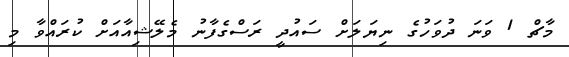
މާޗް 1 ވަނަ ދުވަހުގެ ނިޔަލަށް ސައުދީ ރަސްގެފާނު މެލޭޝިއާއަށް ކުރައްވާ މި